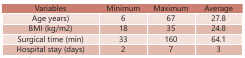
<table><thead><tr><td><b>Variables</b></td><td><b>Minimum</b></td><td><b>Maximum</b></td><td><b>Average</b></td></tr></thead><tbody><tr><td>Age years)</td><td>6</td><td>67</td><td>27.8</td></tr><tr><td>BMI (kg/m2)</td><td>18</td><td>35</td><td>24.8</td></tr><tr><td>Surgical time (min)</td><td>33</td><td>160</td><td>64.1</td></tr><tr><td>Hospital stay (days)</td><td>2</td><td>7</td><td>3</td></tr></tbody></table>